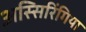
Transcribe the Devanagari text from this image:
अस्सिरिंगिया